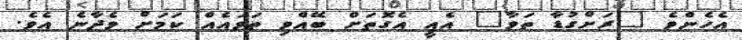
އެހެންވެ "ރަށްގުޑާ ތަވާ" އެއީ އެގޮތަށް ބޭއްވި ތަވައެއް ކަމަށް ވެދާނެ އެވެ.